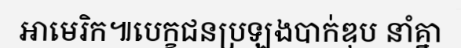
អាមេរិក៕បេក្ខជនប្រឡងបាក់ឌុប នាំគ្នា